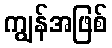
ကျွန်အဖြစ်